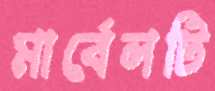
মার্বেলটি